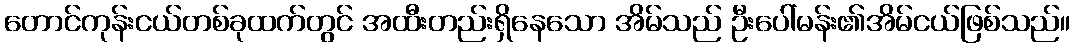
တောင်ကုန်းငယ်တစ်ခုထက်တွင် အထီးတည်းရှိနေသော အိမ်သည် ဦးပေါ်မန်း၏အိမ်ငယ်ဖြစ်သည်။